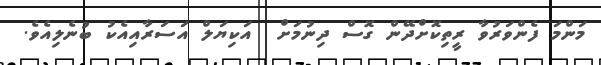
މަންމަ ފެންވަރުވާ ރީތިކޮށްދޭން ގޮސް ދިނުމަށް  އަކިޔަލް އަސަރާއިއެކު ބުނެލިއެވެ.